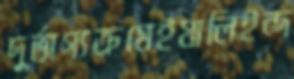
দুর্ভাগ্যক্রমেইযালিইন্দ